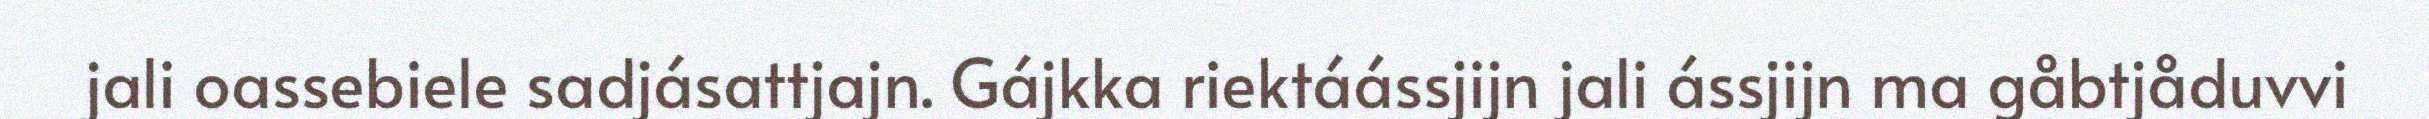
jali oassebiele sadjásattjajn. Gájkka riektáássjijn jali ássjijn ma gåbtjåduvvi